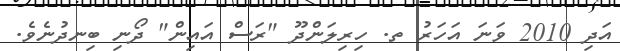
އަދި 2010 ވަނަ އަހަރު ތ. ހިރިލަންދޫ "ރަސް އައިން" ދޯނި ބިނދުނެވެ.